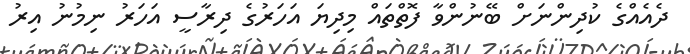
ދެއެއްގެ ކުދިންނަށް ބޭނުންވާ ފޮތްތައް މިދިޔަ އަހަރުގެ ދިރާސީ އަހަރު ނިމުނު އިރު